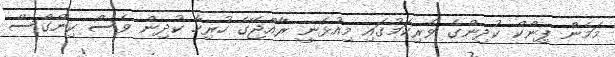
މަމެން ޕިންކް ކުދިންގެ ވެރިކަމުގައި މިއުޅެނީ ރާއްޖޭގެ ހުރިހާ ކުދިން ވެސް ކިންގްސް